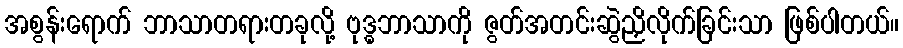
အစွန်းရောက် ဘာသာတရားတခုလို့ ဗုဒ္ဓဘာသာကို ဇွတ်အတင်းဆွဲညှိလိုက်ခြင်းသာ ဖြစ်ပါတယ်။